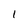
Character: I